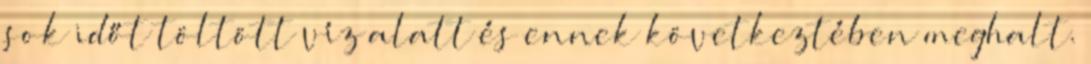
sok időt töltött víz alatt és ennek következtében meghalt.